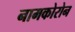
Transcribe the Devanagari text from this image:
नामकोरोन